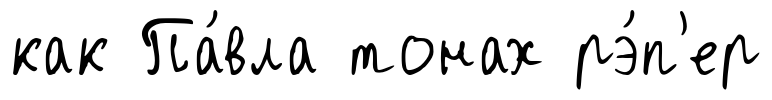
как Па́вла тонах рэ́п'ер